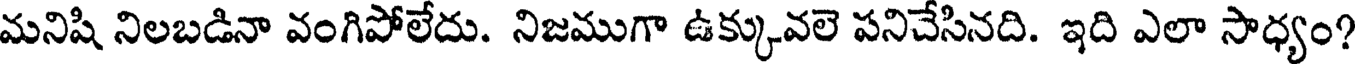
మనిషి నిలబడినా వంగిపోలేదు. నిజముగా ఉక్కువలె పనిచేసినది. ఇది ఎలా సాధ్యం?